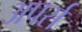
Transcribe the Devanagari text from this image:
अपर्स